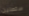
ستصلين